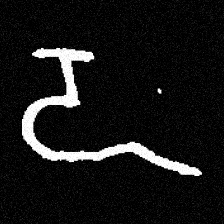
Pyu character \u2014 Myanmar letter: ဍ (romanized: dda)